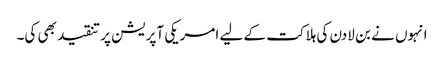
انہوں نے بن لادن کی ہلاکت کے لیے امریکی آپریشن پر تنقید بھی کی۔